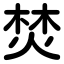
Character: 焚